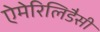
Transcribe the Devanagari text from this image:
ऐमेरिलिडैसी